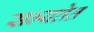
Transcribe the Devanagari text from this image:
सभ्यतेत